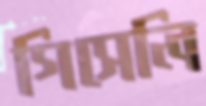
গিসেলি